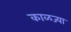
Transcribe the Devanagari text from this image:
काळज्या